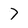
Character: 7